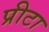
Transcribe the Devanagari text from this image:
प्रीटा